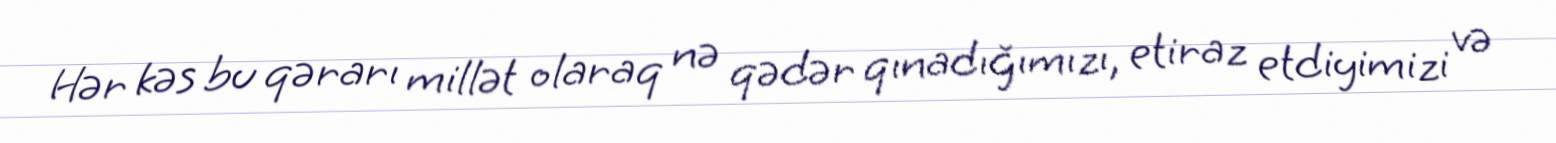
Hər kəs bu qərarı millət olaraq nə qədər qınadığımızı, etiraz etdiyimizi və